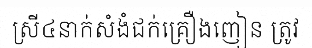
ស្រី៤នាក់សំងំជក់គ្រឿងញៀន ត្រូវ